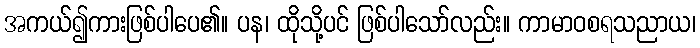
အကယ်၍ကားဖြစ်ပါပေ၏။ ပန၊ ထိုသို့ပင် ဖြစ်ပါသော်လည်း။ ကာမာဝစရသညာယ၊